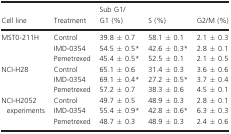
<table><thead><tr><td><b>Cell line</b></td><td><b>Treatment</b></td><td><b>Sub G1/G1 (%)</b></td><td><b>S (%)</b></td><td><b>G2/M (%)</b></td></tr></thead><tbody><tr><td rowspan="3">MST0-211H</td><td>Control</td><td>39.8 ± 0.7</td><td>58.1 ± 0.1</td><td>2.1 ± 0.3</td></tr><tr><td>IMD-0354</td><td>54.5 ± 0.5*</td><td>42.6 ± 0.3*</td><td>2.8 ± 0.1</td></tr><tr><td>Pemetrexed</td><td>45.4 ± 0.5*</td><td>52.5 ± 0.1</td><td>2.1 ± 0.5</td></tr><tr><td rowspan="3">NCI-H28</td><td>Control</td><td>65.1 ± 0.6</td><td>31.4 ± 0.3</td><td>3.6 ± 0.6</td></tr><tr><td>IMD-0354</td><td>69.1 ± 0.4*</td><td>27.2 ± 0.5*</td><td>3.7 ± 0.4</td></tr><tr><td>Pemetrexed</td><td>57.2 ± 0.7</td><td>38.3 ± 0.6</td><td>4.5 ± 0.1</td></tr><tr><td rowspan="3">NCI-H2052 experiments</td><td>Control</td><td>49.7 ± 0.5</td><td>48.9 ± 0.3</td><td>2.8 ± 0.1</td></tr><tr><td>IMD-0354</td><td>55.4 ± 0.9*</td><td>42.8 ± 0.6*</td><td>6.3 ± 0.3</td></tr><tr><td>Pemetrexed</td><td>48.7 ± 0.3</td><td>48.9 ± 0.3</td><td>2.4 ± 0.6</td></tr></tbody></table>